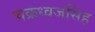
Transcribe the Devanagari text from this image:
चक्रध्वजसिंह